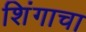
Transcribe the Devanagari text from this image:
शिंगाचा